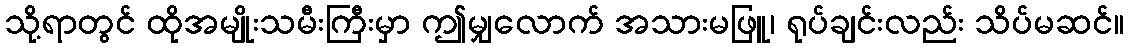
သို့ရာတွင် ထိုအမျိုးသမီးကြီးမှာ ဤမျှလောက် အသားမဖြူ၊ ရုပ်ချင်းလည်း သိပ်မဆင်။